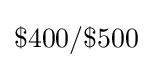
\$400/\$500